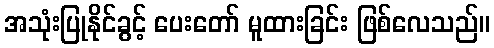
အသုံးပြုနိုင်ခွင့် ပေးတော် မူထားခြင်း ဖြစ်လေသည်။